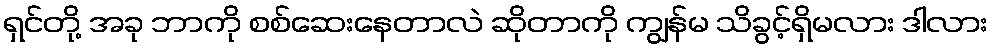
ရှင်တို့ အခု ဘာကို စစ်ဆေးနေတာလဲ ဆိုတာကို ကျွန်မ သိခွင့်ရှိမလား ဒါလား